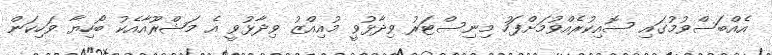
އެއްބަސްވުމުގައި ސޮއިކުރެއްވުމަށްފަހު މިނިސްޓަރު ވިދާޅުވީ މުއިއްޒު ވިދާޅުވީ އެ މަޝްރޫއާއެކު ބޯހިޔާ ވަހިކަން